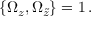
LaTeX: { \{ \Omega _ { z } , \Omega _ { \tilde { z } } \} } = 1 \, .